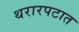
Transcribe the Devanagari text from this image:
थरारपटात